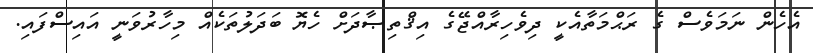
އެހެން ނަމަވެސް ގެ ރަޙްމަތާއެކީ ދިވެހިރާއްޖޭގެ އިޤްތިޞާދަށް ހެޔޮ ބަދަލުތަކެއް މިހާރުވަނީ އައިސްފައި.